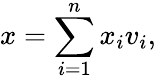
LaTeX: x=\sum_{i=1}^{n}x_{i}v_{i},